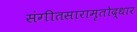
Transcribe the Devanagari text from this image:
संगीतसारामृतोद्धार